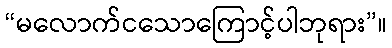
“မလောက်ငသောကြောင့်ပါဘုရား”။